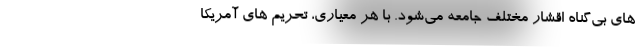
های بی‌گناهِ اقشار مختلف جامعه می‌شود. با هر معیاری، تحریم های آمریکا